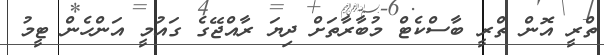
ތްރީ އޮން ތްރީ ބާސްކެޓް މުބާރާތަށް ދިޔަ ރާއްޖޭގެ ގައުމީ އަންހެން ޓީމު